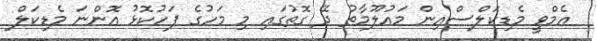
އެމްވީ މެޑިކަލްސްއިން މައުލޫމާތު ދޭ ގޮތުގައި މި މަހުގެ ފަހުކޮޅު އޮންނަ މެޑިކަލް